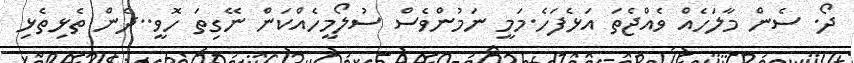
ދޯ. ސެން މާލަހެއް ވެއްޖެތަ އަޅެފަހެ.މަމީ ނަމުންވެސް ސުލޯމީހެއްކަން ނޭގިތަ ހޮވީ..ދެން ތެޅިތެޅި